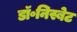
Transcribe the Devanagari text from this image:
डॉ॰निस्बेट